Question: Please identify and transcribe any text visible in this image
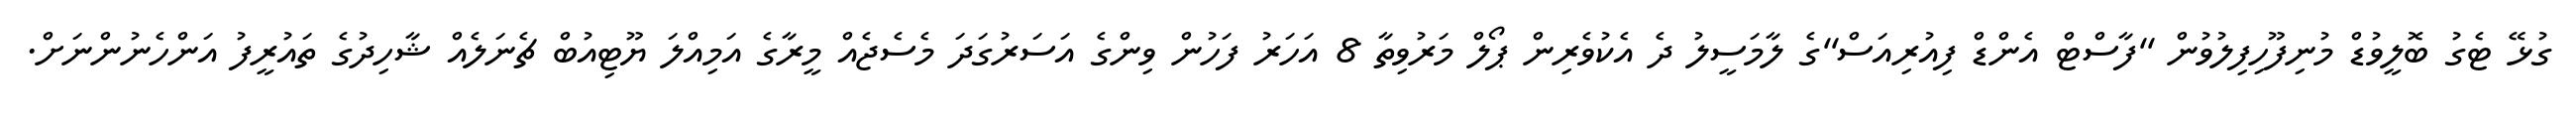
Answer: ގުޅޭ ޓެގު ބޮލީވުޑް މުނިފޫހިފިލުވުން ''ފާސްޓް އެންޑް ފިއުރިއަސް''ގެ ލާމަސީލު ދެ އެކުވެރިން ޕޯލް މަރުވިތާ 8 އަހަރު ފަހުން ވިންގެ އަސަރުގަދަ މެސެޖެއް މީރާގެ އަމިއްލަ ޔޫޓިއުބް ޗެނަލެއް ޝާހިދުގެ ތައުރީފު އަންހެނުންނަށް.